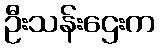
ဦးသန်းဌေးက